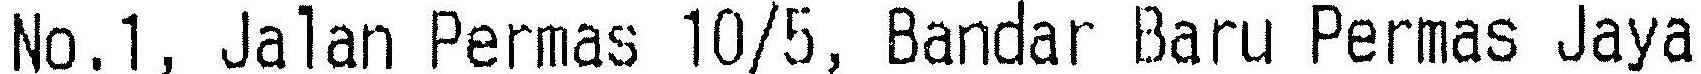
NO.1, JALAN PERMAS 10/5, BANDAR BARU PERMAS JAYA